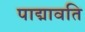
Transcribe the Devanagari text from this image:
पाद्मावति